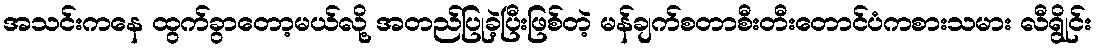
အသင်းကနေ ထွက်ခွာတော့မယ်လို့ အတည်ပြုခဲ့ပြီးဖြစ်တဲ့ မန်ချက်စတာစီးတီးတောင်ပံကစားသမား လီရွိုင်း